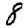
Digit: 8